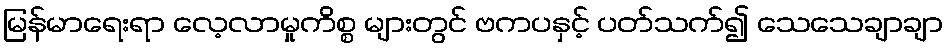
မြန်မာရေးရာ လေ့လာမှုကိစ္စ များတွင် ဗကပနှင့် ပတ်သက်၍ သေသေချာချာ